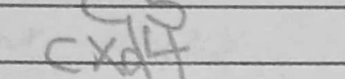
Transcription: cxd4